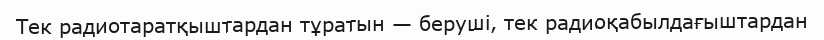
Тек радиотаратқыштардан тұратын — беруші, тек радиоқабылдағыштардан